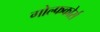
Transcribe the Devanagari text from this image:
गोल्फकोर्स